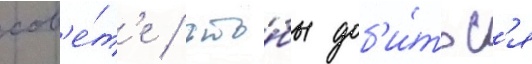
сов'е́т'е / что́бы доб'и́тьс'я